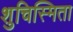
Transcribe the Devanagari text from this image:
शुचिस्मिता